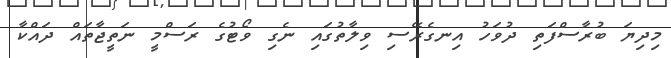
މިދިޔަ ބުރާސްފަތި ދުވަހު އިނގެރޭސި ވިލާތުގައި ނެގި ވޯޓުގެ ރަސްމީ ނަތީޖާތައް ދައްކާ